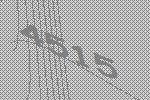
4515